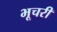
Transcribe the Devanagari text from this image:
भूचरी